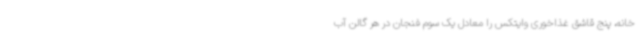
خانه، پنج قاشق غذاخوری وایتکس را معادل یک‌ سوم فنجان در هر گالن آب